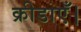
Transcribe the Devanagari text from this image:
क्रीडाएँ।